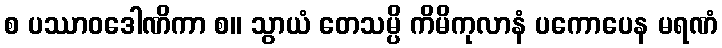
စ ပဿာဝဒေါဏိကာ စ။ သွာယံ တေသမ္ပိ ကိမိကုလာနံ ပကောပေန မရဏံ